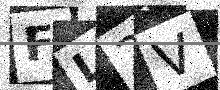
Text: FL2V